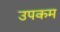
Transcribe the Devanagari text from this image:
उपकम